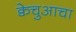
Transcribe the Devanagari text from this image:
क्वेचुआचा